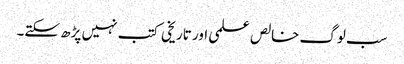
سب لوگ خالص علمی اور تاریخی کتب نہیں پڑھ سکتے۔